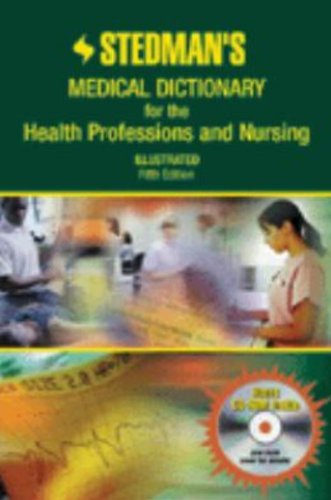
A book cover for Stedman's Medical Dictionary for the Health Professions and Nursing, Illustrated (Stedman's Medical Dictionary for the Health Professions & Nursing); Stedman's; Medical Books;